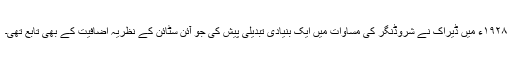
١٩٢٨ء میں ڈیراک نے شروڈنگر کی مساوات میں ایک بنیادی تبدیلی پیش کی جو آئن سٹائن کے نظریہ اضافیت کے بھی تابع تھی۔